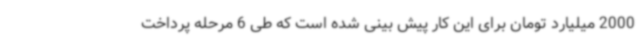
2000 میلیارد تومان برای این کار پیش بینی شده است که طی 6 مرحله پرداخت